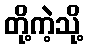
တို့ကဲ့သို့